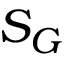
S _ { G }